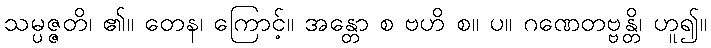
သမ္ပဇ္ဇတိ၊ ၏။ တေန၊ ကြောင့်။ အန္တော စ ဗဟိ စ။ ပ။ ဂဏေတဗ္ဗန္တိ၊ ဟူ၍။